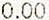
0.00